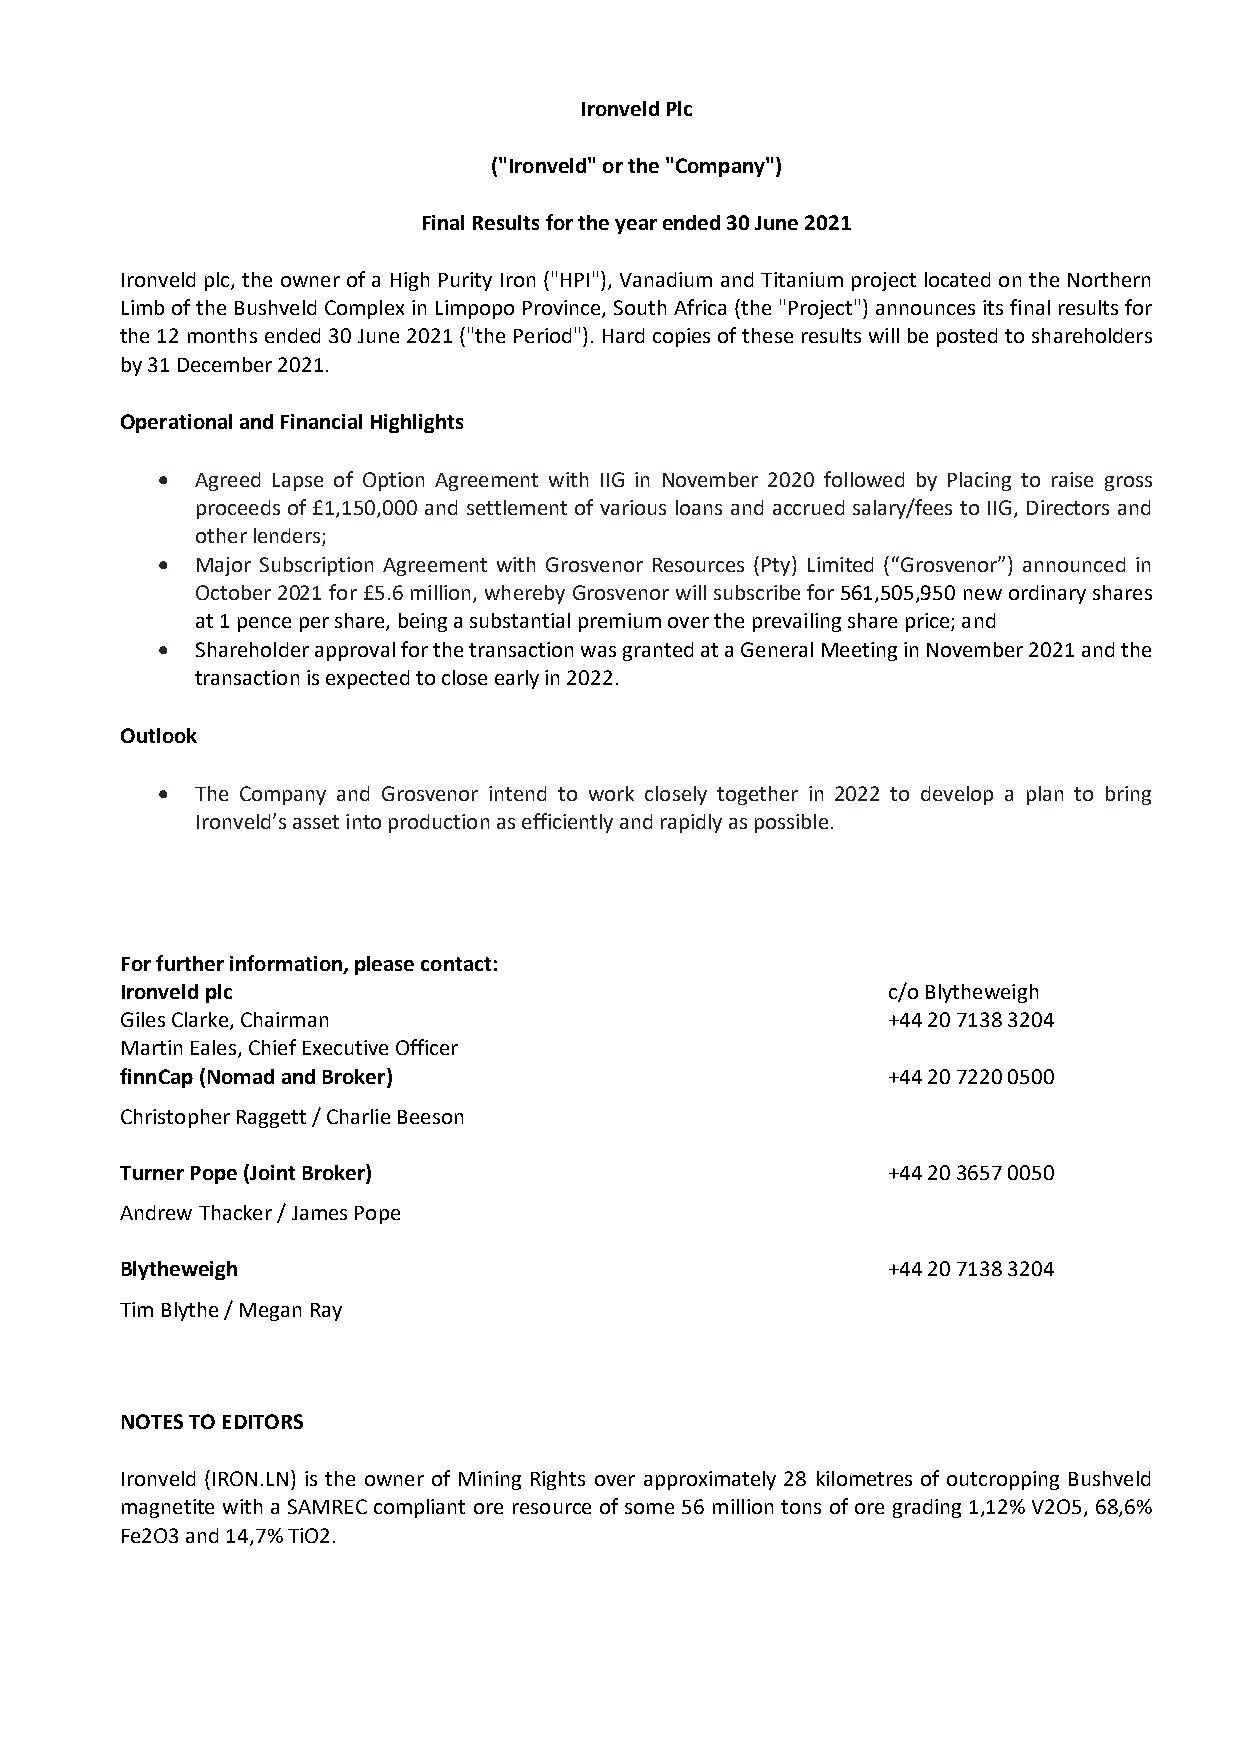
Ironveld Plc
 ("Ironveld" or the "Company")
 Final Results for the year ended 30 June 2021
 Ironveld plc, the owner of a High Purity Iron ("HPI"), Vanadium and Titanium project located on the Northern
 Limb of the Bushveld Complex in Limpopo Province, South Africa (the "Project") announces its final results for
 the 12 months ended 30 June 2021 ("the Period"). Hard copies of these results will be posted to shareholders
 by 31 December 2021.
 Operational and Financial Highlights
 •  Agreed Lapse of Option Agreement with IIG in November 2020 followed by Placing to raise gross
 proceeds of £1,150,000 and settlement of various loans and accrued salary/fees to IIG, Directors and
 other lenders;
 •  Major Subscription Agreement with Grosvenor Resources (Pty) Limited (“Grosvenor”) announced in
 October 2021 for £5.6 million, whereby Grosvenor will subscribe for 561,505,950 new ordinary shares
 at 1 pence per share, being a substantial premium over the prevailing share price; and
 •  Shareholder approval for the transaction was granted at a General Meeting in November 2021 and the
 transaction is expected to close early in 2022.
 Outlook
 •  The Company and Grosvenor intend to work closely together in 2022 to develop a plan to bring
 Ironveld’s asset into production as efficiently and rapidly as possible.
 For further information, please contact:
 Ironveld plc                                       c/o Blytheweigh
 Giles Clarke, Chairman                             + 44 20 7138 3204
 M artin Eales, Chief Executive Officer
 finnCap (Nomad and Broker)                         +44 20 7220 0500
 Christopher Raggett / Charlie Beeson
 Turner Pope (Joint Broker)                         +44 20 3657 0050
 Andrew Thacker / James Pope
 Blytheweigh                                        +44 20 7138 3204
 Tim Blythe / Megan Ray
 NOTES TO EDITORS
 Ironveld (IRON.LN) is the owner of Mining Rights over approximately 28 kilometres of outcropping Bushveld
 magnetite with a SAMREC compliant ore resource of some 56 million tons of ore grading 1,12% V2O5, 68,6%
 Fe2O3 and 14,7% TiO2.